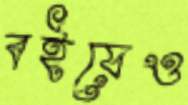
বইয়েও